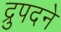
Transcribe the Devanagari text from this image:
द्रुपदने